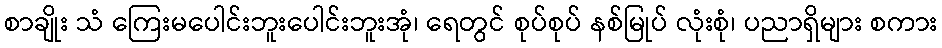
စာချိုး သံ ကြေးမပေါင်းဘူးပေါင်းဘူးအုံ၊ ရေတွင် စုပ်စုပ် နစ်မြုပ် လုံးစုံ၊ ပညာရှိများ စကား